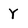
Character: Y